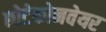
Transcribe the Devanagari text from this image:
छोटेकोनवेयर